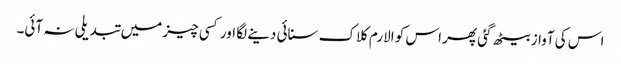
اس کی آواز بیٹھ گئی پھر اس کو الارم کلاک سنائی دینے لگا اور کسی چیز میں تبدیلی نہ آئی۔